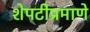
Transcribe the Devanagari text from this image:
शेपटीप्रमाणे